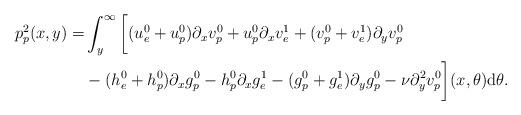
LaTeX: \begin{align*}\begin{aligned}p^2_p(x,y)=&\int_y^\infty \bigg[(u^0_e+u^0_p)\partial_x v^0_p+u^0_p\partial_x v^1_e+(v^0_p+v^1_e)\partial_y v^0_p\\&-(h^0_e+h^0_p)\partial_x g^0_p-h^0_p\partial_x g^1_e-(g^0_p+g^1_e)\partial_y g^0_p-\nu \partial_y^2 v^0_p\bigg](x,\theta)\mathrm{d}\theta.\end{aligned}\end{align*}